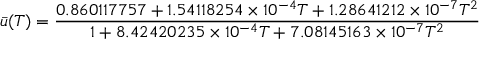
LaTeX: { \bar { u } } ( T ) = { \frac { 0 . 8 6 0 1 1 7 7 5 7 + 1 . 5 4 1 1 8 2 5 4 \times 1 0 ^ { - 4 } T + 1 . 2 8 6 4 1 2 1 2 \times 1 0 ^ { - 7 } T ^ { 2 } } { 1 + 8 . 4 2 4 2 0 2 3 5 \times 1 0 ^ { - 4 } T + 7 . 0 8 1 4 5 1 6 3 \times 1 0 ^ { - 7 } T ^ { 2 } } }